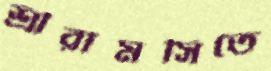
শ্রীরামসিতে